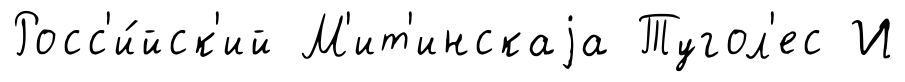
Росс'и́йск'ий М'ит'инскаjа Тугол'ес И